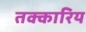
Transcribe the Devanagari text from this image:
तक्कारिय